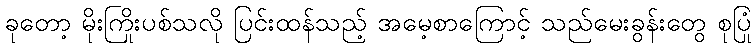
ခုတော့ မိုးကြိုးပစ်သလို ပြင်းထန်သည့် အမေ့စာကြောင့် သည်မေးခွန်းတွေ စုပြုံ